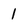
Character: 1